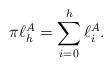
LaTeX: \begin{align*} \pi\ell^A_h = \sum_{i=0}^h\ell^A_i.\end{align*}